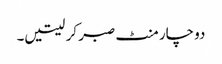
دو چار منٹ صبر کر لیتیں۔